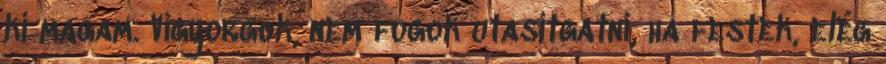
ki magam. Vigyorgok, nem fogok utasítgatni, ha festek, elég